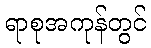
ရာစုအကုန်တွင်